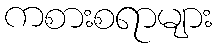
ကစားစရာများ